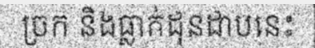
ច្រក និងធ្លាក់ដុនដាបនេះ